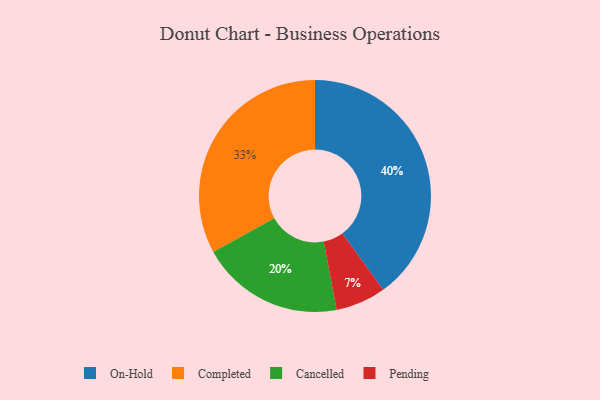
{"axis": {"x": "Category", "y": "Percentage"}, "legend": ["Cancelled", "Completed", "On-Hold", "Pending"], "data": [{"x": "Cancelled", "y": 20, "type": "Cancelled"}, {"x": "Completed", "y": 33, "type": "Completed"}, {"x": "On-Hold", "y": 40, "type": "On-Hold"}, {"x": "Pending", "y": 7, "type": "Pending"}]}